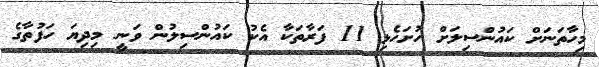
މިހާތަނަށް ކައުންސިލަށް ހުށަހެޅި 11 ފަރާތަކާ އެކު ކައުންސިލުން ވަނީ މިދިޔަ ހަފުތާގެ